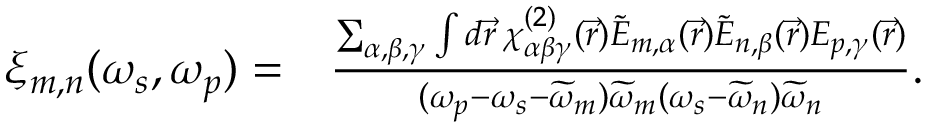
\begin{array} { r l } { \xi _ { m , n } ( \omega _ { s } , \omega _ { p } ) = } & { { } \frac { \sum _ { \alpha , \beta , \gamma } \int d \vec { r } \: \chi _ { \alpha \beta \gamma } ^ { ( 2 ) } ( \vec { r } ) \widetilde { E } _ { m , \alpha } ( \vec { r } ) \widetilde { E } _ { n , \beta } ( \vec { r } ) E _ { p , \gamma } ( \vec { r } ) } { ( \omega _ { p } - \omega _ { s } - \widetilde { \omega } _ { m } ) \widetilde { \omega } _ { m } ( \omega _ { s } - \widetilde { \omega } _ { n } ) \widetilde { \omega } _ { n } } . } \end{array}